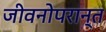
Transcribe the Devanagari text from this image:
जीवनोपरान्त